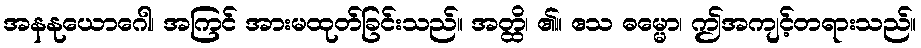
အနနုယောဂေါ၊ အကြင် အားမထုတ်ခြင်းသည်။ အတ္ထိ၊ ၏။ ဧသ ဓမ္မော၊ ဤအကျင့်တရားသည်။